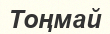
Тоңмай